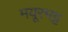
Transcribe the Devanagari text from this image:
मयूरभट्ट